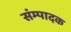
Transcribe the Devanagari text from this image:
संम्पादक